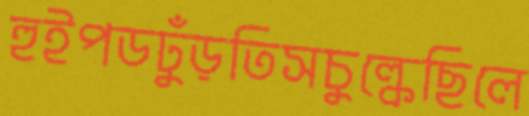
হুইপডঢুঁড়তিসচুল্‌কেছিলে